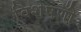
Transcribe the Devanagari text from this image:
विशेषणोँ